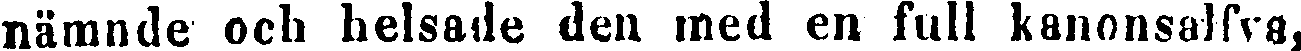
nämnde och helsade den med en full kanonsalfva,